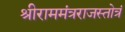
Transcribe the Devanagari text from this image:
श्रीराममंत्रराजस्तोत्रं